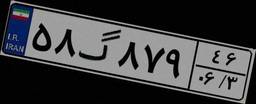
۵۸گ۸۷۹۴۶